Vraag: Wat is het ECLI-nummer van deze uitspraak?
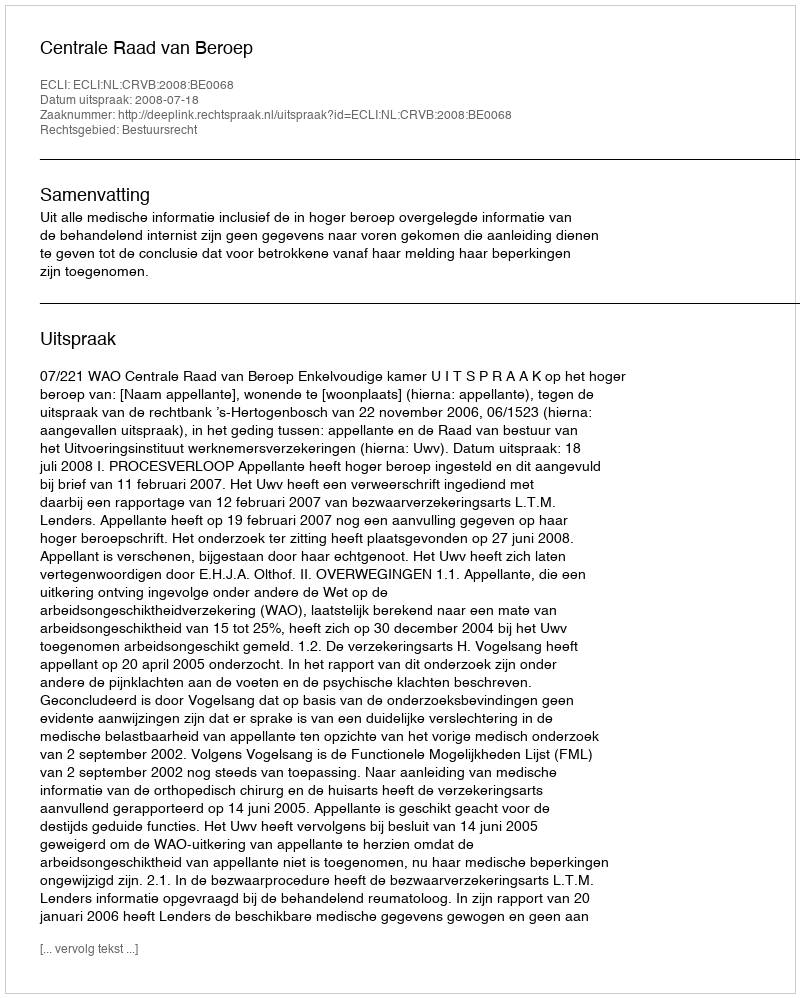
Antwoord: ECLI:NL:CRVB:2008:BE0068